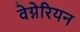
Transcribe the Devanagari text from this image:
वेग्नेरियन